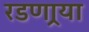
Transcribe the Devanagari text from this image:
रडणार्‍या